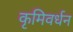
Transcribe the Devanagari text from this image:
कृमिवर्धन